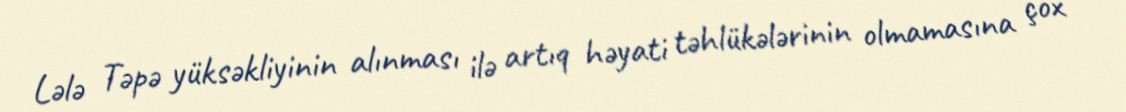
Lələ Təpə yüksəkliyinin alınması ilə artıq həyati təhlükələrinin olmamasına çox